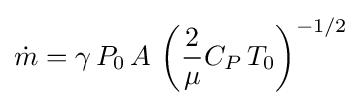
{\dot {m}}=\gamma \,P_{0}\,A\,\left({\frac {2}{\mu }}C_{P}\,T_{0}\right)^{-1/2}